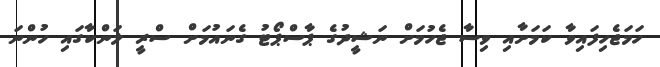
ހަމަޖެހިފައިވާ ކަމަށާއި ވިސާ ޖެހުމަށް ނަޝީދުގެ ޕާސްޕޯޓު ގެނައުމަށް ސްރީ ލަންކާގައި ހުންނަ